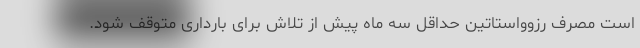
است مصرف رزوواستاتین حداقل سه ماه پیش از تلاش برای بارداری متوقف شود.